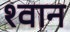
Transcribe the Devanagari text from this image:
श्‍वान